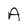
Character: A